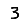
Digit: 3